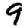
Digit: 9